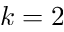
k = 2